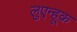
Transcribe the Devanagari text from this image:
लुएन्हूक